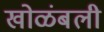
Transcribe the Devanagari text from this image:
खोळंबली